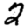
Digit: 2